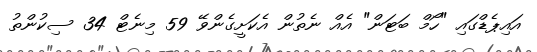
އައިޕެޑްގައި "ހޯމް ބަޓަން" އެއް ނެތުން އެކަށީގެންވޭ 59 މިނެޓް 34 ސިކުންތު